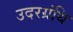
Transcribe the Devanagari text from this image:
उदरग्रंथि